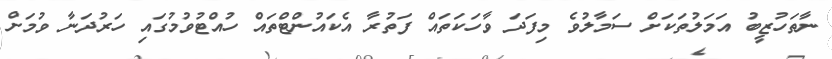
ނާތަހުޒީބު އަމަލުތަކަށް ސަމާލުވެ މިފަދަ ވާހަކަތައް ފަތުރާ އެކައުންޓްތައް ހުއްޓުވުމުގައި ހަރުދަނާ ވުމަށް